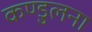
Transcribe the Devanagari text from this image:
कण्डुलना